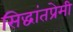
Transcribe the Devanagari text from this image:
सिद्धांतप्रेमी